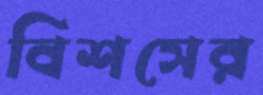
বিশসের